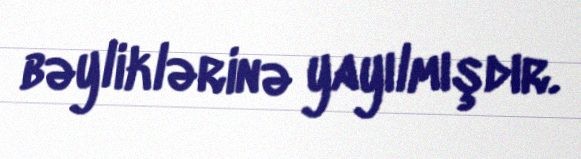
bəyliklərinə yayılmışdır.